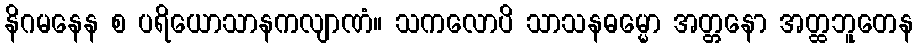
နိဂမနေန စ ပရိယောသာနကလျာဏံ။ သကလောပိ သာသနဓမ္မော အတ္တနော အတ္ထဘူတေန